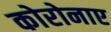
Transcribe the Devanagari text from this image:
कोरोनाए